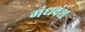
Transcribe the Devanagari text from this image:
गंधवंश